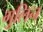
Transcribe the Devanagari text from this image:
गुलिन